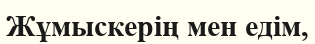
Жұмыскерің мен едім,